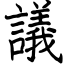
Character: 議